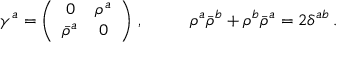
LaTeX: \begin{array} { c c } { { \gamma ^ { a } = \left( \begin{array} { c c } { { 0 } } & { { \rho ^ { a } } } \\ { { \bar { \rho } ^ { a } } } & { { 0 } } \end{array} \right) \, , ~ ~ ~ } } & { { ~ ~ \rho ^ { a } \bar { \rho } ^ { b } + \rho ^ { b } \bar { \rho } ^ { a } = 2 \delta ^ { a b } \, . } } \end{array}